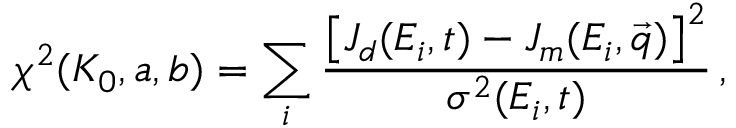
\chi ^ { 2 } ( K _ { 0 } , a , b ) = \sum _ { i } \frac { \left[ J _ { d } ( E _ { i } , t ) - J _ { m } ( E _ { i } , \vec { q } ) \right] ^ { 2 } } { \sigma ^ { 2 } ( E _ { i } , t ) } \, ,